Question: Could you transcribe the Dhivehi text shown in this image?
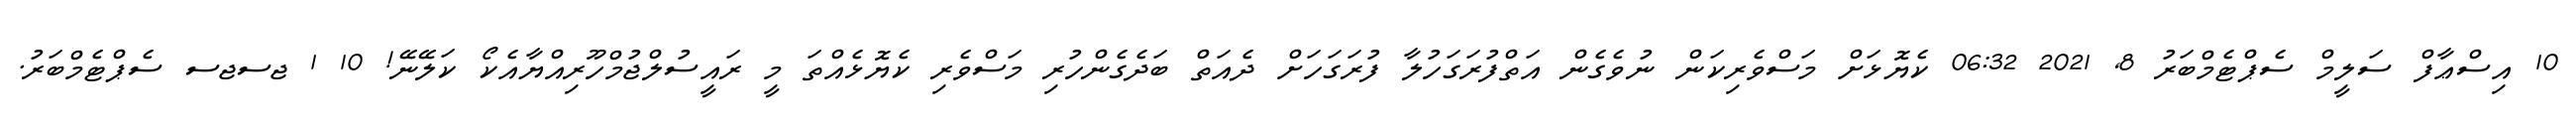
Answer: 10 އިސްޢާފް ސަލީމް ސެޕްޓެމްބަރު 8, 2021 06:32 ކެޔޮޅަށް މަސްވެރިކަން ނުވެގެން އަތްފުރަގަހުލާ ފުރަގަހަށް ދެއަތް ބަދެގެންހުރި މަސްވެރި ކެޔޮޅެއްތަ މީ ރައީސުލްޖުމްހޫރިއްޔާއެކޯ ކަލޭނޭ! 10 1 ޖސޖސ ސެޕްޓެމްބަރު.